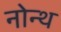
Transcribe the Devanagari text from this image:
नोन्थ